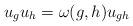
LaTeX: \begin{align*} u_g u_h = \omega(g,h) u_{gh}\end{align*}